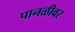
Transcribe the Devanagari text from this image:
पानळीवर